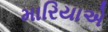
મારિયાએ